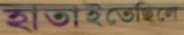
হাতাইতেছিলে